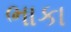
ભાકા